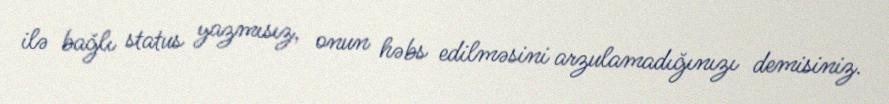
ilə bağlı status yazmısız, onun həbs edilməsini arzulamadığınızı demisiniz.